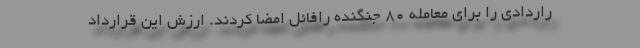
راردادی را برای معامله 80 جنگنده رافائل امضا کردند. ارزش این قرارداد